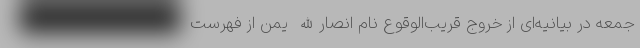
جمعه در بیانیه‌ای از خروج قریب‌الوقوع نام انصارالله یمن از فهرست